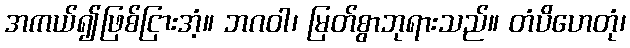
အကယ်၍ဖြစ်ငြားအံ့။ ဘဂဝါ၊ မြတ်စွာဘုရားသည်။ တံပိဟေတုံ၊